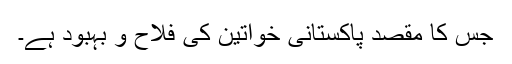
جس کا مقصد پاکستانی خواتین کی فلاح و بہبود ہے۔